Dysentery and liver abscess in Bombay - Number 47
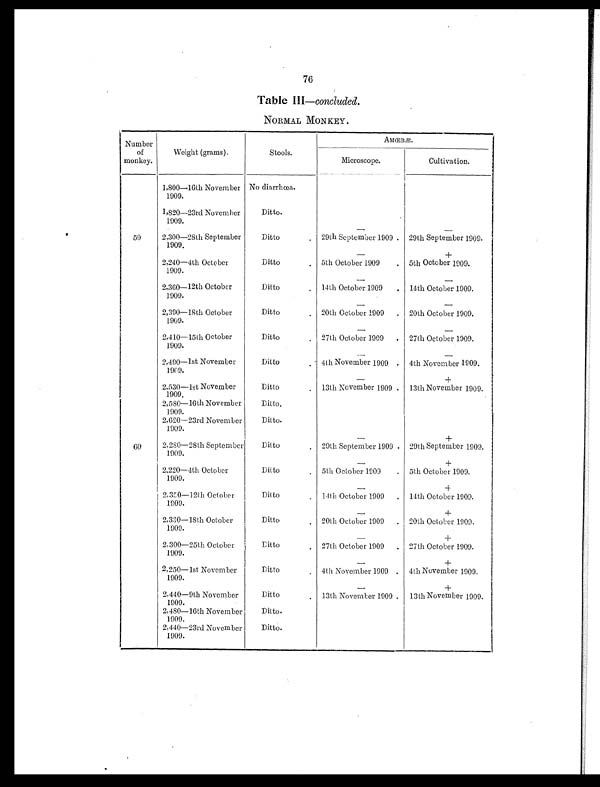
76
Table III—concluded.
NORMAL MONKEY.
Number
of
monkey.
Weight (grams).
Stools.
AMŒBÆ.
Microscope.
Cultivation.
1,800—16th November
1909.
No diarrhœa.
1,820—23rd November
1909.
Ditto.
59
2,300—28th September
1909.
Ditto
-
-
29th September 1909. 29th September 1909.
2,240—4th October
1909.
Ditto
_ -
+
5th October 1909
5th October 1909.
2,360-12th October
1909.
Ditto
_
-
14th October 1909
14th October 1909.
.
2,390—18th October
1909.
Ditto
-
-
20th October 1909
20th October 1909.
2,410—15th October
1909.
Ditto
-
-
27th October 1909
27th October 1909.
2,490—1st November
1909.
Ditto
-
-
4th November 1909
4th November 1909.
2,530—1st November
1909.
Ditto
_ -
+
13th November 1909. 13th November 1909.
2,580—16th November
1909.
Ditto
2,620—23rd November
1909.
Ditto
60
2,280—28th September
1909.
Ditto
-
+
29th September 1909. 29th September 1909.
2,220—4th October
1909.
Ditto
_
+
5th October 1909
5th October 1909.
2,350—12th October
1909.
Ditto
_ -
+
14th October 1909
14th October 1909.
.
2,330—18th October
1909.
Ditto
_
+
20th October 1909 . 20th October 1909.
2,300—25th October
1909.
Ditto
-
+
27th October 1909
27th October 1909.
2,250—1st November
1909.
Ditto
-
+
4th November 1909
4th November 1909.
2,440—9th November
1909.
Ditto
_
+
13th November 1909. 13th November 1909.
2,480—16th November
1909.
Ditto
2,440—23rd November
1909.
Ditto